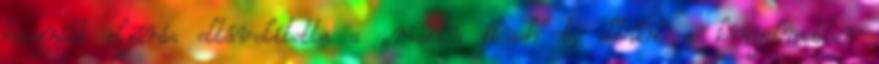
használt eljárás eltávolította a „niacin flush”-t, eltűnt a kényelmetlen